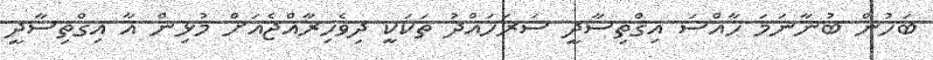
ބަހުން ބުނާނަމަ ހާއްސަ އިގްތިސާދީ ސަރަހައްދު ތަކަކީ ދިވެހިރާއްޖެއަށް މުޅިން އާ އިގްތިސާދީ